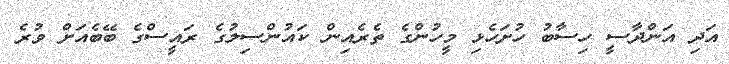
އަދި އަންދާސީ ހިސާބު ހުށަހެޅި މީހުންގެ ތެރެއިން ކައުންސިލުގެ ރައީސްގެ ބޭބެއަށް ވުރެ